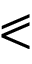
\eqslantless